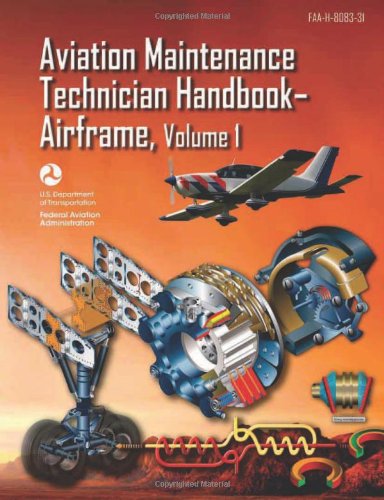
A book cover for Aviation Maintenance Technician HandbookEEAirframe: FAA-H-8083-31 Volume 1 (FAA Handbooks series); Federal Aviation Administration (FAA)/Aviation Supplies & Academics (ASA); Science & Math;